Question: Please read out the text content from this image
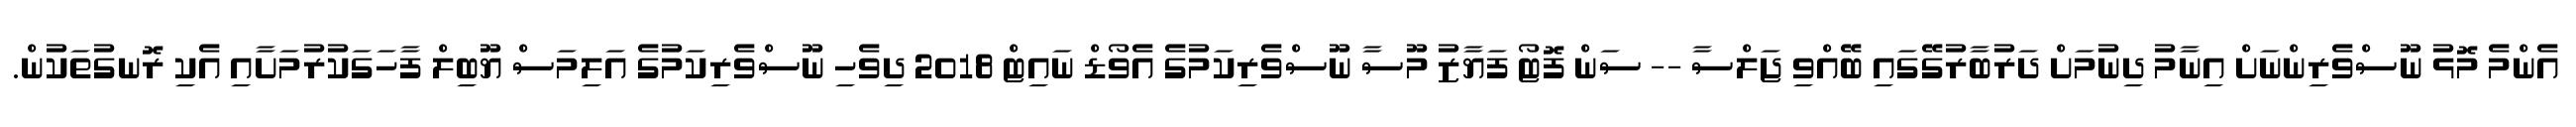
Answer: އެންމެ މޮޅު ނޫސްވެރިންނަށް އިނާމު ދިނުމަށް ދަރުބާރުގޭގައި ބޭއްވި ޖަލްސާ -- ސަން ފޮޓޯ ފަޔާޒު މޫސާ ނޫސްވެރިކަމުގެ އެވޯޑް ނައިޓް 2018 ދިވެހި ނޫސްވެރިކަމުގެ އަލިމަސް ޔޫބިލް ފާހަގަކުރުމަށާއި އެކި ރޮނގުތަކުން.